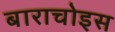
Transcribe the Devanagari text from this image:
बाराचोइस